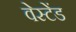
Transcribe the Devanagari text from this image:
वेस्टेंड